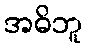
အဓိဘူ